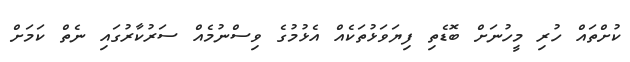
ކުށްތައް ހުރި މީހުނަށް ބޮޑެތި ފިޔަވަޅުތަކެއް އެޅުމުގެ ވިސްނުމެއް ސަރުކާރުގައި ނެތް ކަމަށް